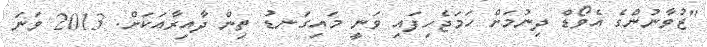
"ޒުވާނުންގެ އެވޯޑް ދިނުމަށް ހަމަޖެހިފައި ވަނީ މައިގަނޑު ތިން ދާއިރާއަކަށް. 2013 ވަނަ